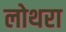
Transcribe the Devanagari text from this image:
लोथरा